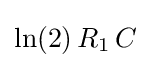
{\textstyle \ln(2)\,R_{1}\,C}